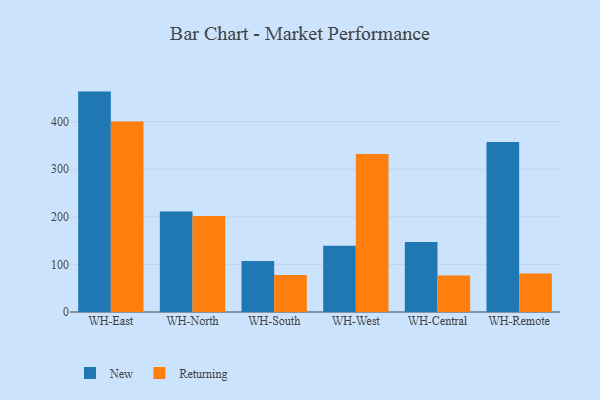
{"axis": {"x": "Warehouse", "y": "Market Share (%)"}, "legend": ["New", "Returning"], "data": [{"x": "WH-East", "y": 463.3, "type": "New"}, {"x": "WH-East", "y": 400.6, "type": "Returning"}, {"x": "WH-North", "y": 211.3, "type": "New"}, {"x": "WH-North", "y": 201.8, "type": "Returning"}, {"x": "WH-South", "y": 107.1, "type": "New"}, {"x": "WH-South", "y": 77.7, "type": "Returning"}, {"x": "WH-West", "y": 139.2, "type": "New"}, {"x": "WH-West", "y": 331.9, "type": "Returning"}, {"x": "WH-Central", "y": 147.2, "type": "New"}, {"x": "WH-Central", "y": 76.7, "type": "Returning"}, {"x": "WH-Remote", "y": 357.6, "type": "New"}, {"x": "WH-Remote", "y": 80.9, "type": "Returning"}]}